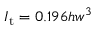
I _ { \mathrm { t } } = 0 . 1 9 6 h w ^ { 3 }